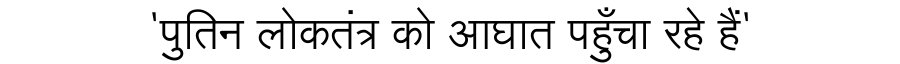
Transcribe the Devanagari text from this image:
'पुतिन लोकतंत्र को आघात पहुँचा रहे हैं'